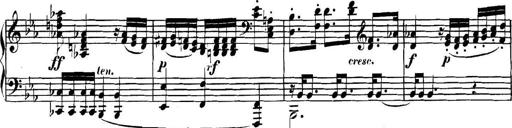
Title: Collected Piano Sonatas
Composer: Muzio Clementi